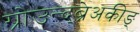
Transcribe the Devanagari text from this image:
ग्रोउन्द्ब्रेअकीङ्